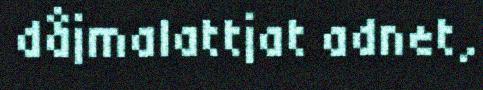
dåjmalattjat adnet,